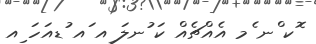
ޮކ ްނ ެމ އެއްޗެއް ކަ ުނލަ ިއ ައ ުޑއަހަ ިއ